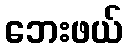
ဘေးဖယ်